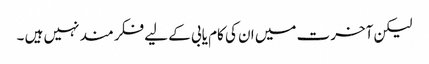
لیکن آخرت میں ان کی کام یابی کے لیے فکر مند نہیں ہیں ۔